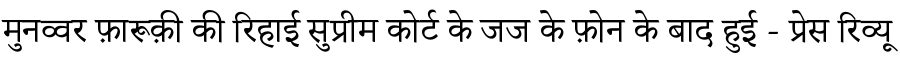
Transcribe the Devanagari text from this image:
मुनव्वर फ़ारूक़ी की रिहाई सुप्रीम कोर्ट के जज के फ़ोन के बाद हुई - प्रेस रिव्यू